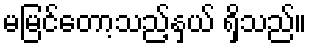
မမြင်တော့သည့်နှယ် ရှိသည်။